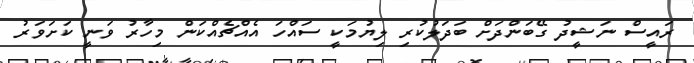
ރައީސް ނަޝީދު ގޭބަންދަށް ބަދަލުކުރި ލިޔުމަކީ ސައްހަ އެއްޗެއްކަން މިހާރު ވަނީ ކަށަވަރު